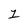
Character: 1